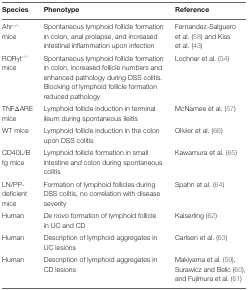
<table><thead><tr><td><b>Species</b></td><td><b>Phenotype</b></td><td><b>Reference</b></td></tr></thead><tbody><tr><td>Ahr<sup>−/−</sup> mice</td><td>Spontaneous lymphoid follicle formation in colon, anal prolapse, and increased intestinal inflammation upon infection</td><td>Fernandez-Salguero et al. (58) and Kiss et al. (43)</td></tr><tr><td>RORγt<sup>−/−</sup> mice</td><td>Spontaneous lymphoid follicle formation in colon, increased follicle numbers and enhanced pathology during DSS colitis. Blocking of lymphoid follicle formation reduced pathology</td><td>Lochner et al. (54)</td></tr><tr><td>TNFΔARE mice</td><td>Lymphoid follicle induction in terminal ileum during spontaneous ileitis</td><td>McNamee et al. (57)</td></tr><tr><td>WT mice</td><td>Lymphoid follicle induction in the colon upon DSS colitis</td><td>Olivier et al. (66)</td></tr><tr><td>CD40L/B tg mice</td><td>Lymphoid follicle formation in small intestine and colon during spontaneous colitis</td><td>Kawamura et al. (65)</td></tr><tr><td>LN/PP-deficient mice</td><td>Formation of lymphoid follicles during DSS colitis, no correlation with disease severity</td><td>Spahn et al. (64)</td></tr><tr><td>Human</td><td><i>De novo</i> formation of lymphoid follicle in UC and CD</td><td>Kaiserling (62)</td></tr><tr><td>Human</td><td>Description of lymphoid aggregates in UC lesions</td><td>Carlsen et al. (63)</td></tr><tr><td>Human</td><td>Description of lymphoid aggregates in CD lesions</td><td>Makiyama et al. (59), Surawicz and Belic (60), and Fujimura et al. (61)</td></tr></tbody></table>